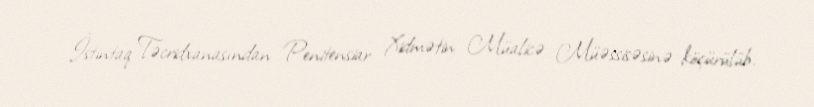
İstintaq Təcridxanasından Penitensiar Xidmətin Müalicə Müəssisəsinə köçürülüb.